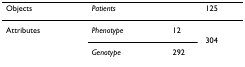
<table><thead><tr><td><b>Objects</b></td><td colspan="2"><b><i>Patients</i></b></td><td><b>125</b></td></tr></thead><tbody><tr><td rowspan="3">Attributes</td><td><i>Phenotype</i></td><td>12</td><td rowspan="3">304</td></tr><tr><td><i>Genotype</i></td><td>292</td></tr></tbody></table>